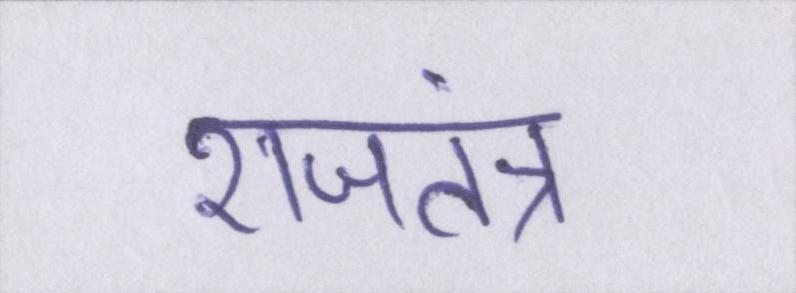
राजतंत्र